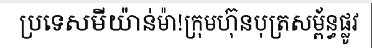
ប្រទេសមីយ៉ាន់ម៉ា!ក្រុមហ៊ុនបុត្រសម្ព័ន្ធផ្លូវ